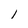
Character: 1